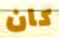
كان